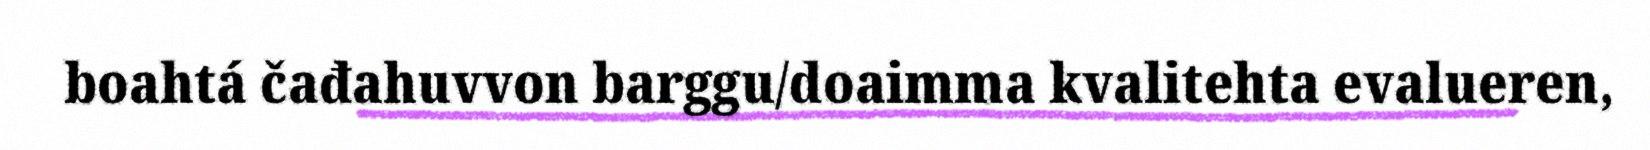
boahtá čađahuvvon barggu/doaimma kvalitehta evalueren,